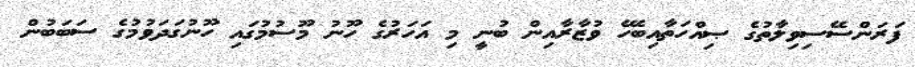
ފަރަންސޭސިވިލާތުގެ ޞިއްހަތާއިބެހޭ ވުޒާރާއިން ބުނީ މި އަހަރުގެ ހޫނު މޫސުމުގައި ހޫނުގަދަވުމުގެ ސަބަބުން